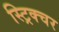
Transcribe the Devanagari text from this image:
स्ट्रिक्चर